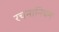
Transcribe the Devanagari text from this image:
रचनानियम